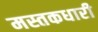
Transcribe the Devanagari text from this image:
मस्तकधारी